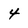
Character: 4